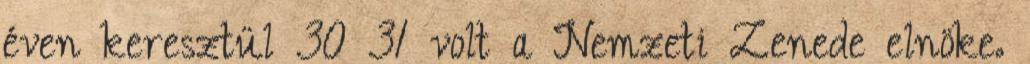
éven keresztül 30 31 volt a Nemzeti Zenede elnöke.